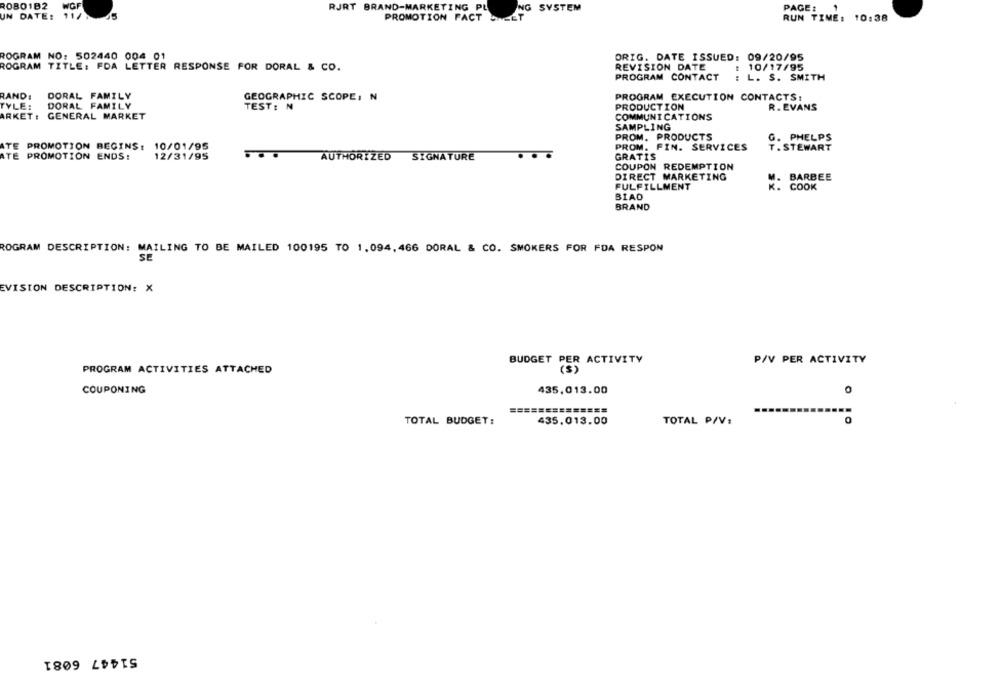
ROBO1B2
RJRT BRAND-MARKETING PL
NG SYSTEM
PAGE :
UN DATE: 11/
PROMOTION FACT SHEET
RUN TIME: 10:38
ROGRAM NO: 502440 004 01
ORIG. DATE ISSUED: 09/20/95
ROGRAM TITLE: FDA LETTER RESPONSE FOR DORAL & CO.
REVISION DATE
: 10/17/95
PROGRAM CONTACT
: L. S. SMITH
RAND:
DORAL FAMILY
GEOGRAPHIC SCOPE, N
PROGRAM EXECUTION CONTACTS:
TYLE:
DORAL FAMILY
TEST: N
PRODUCTION
R. EVANS
ARKET : GENERAL MARKET
COMMUNICATIONS
SAMPLING
PROM. PRODUCTS
G. PHELPS
ATE PROMOTION BEGINS: 10/01/95
PROM. FIN. SERVICES
T . STEWART
ATE PROMOTION ENDS:
12/31/95
AUTHORIZED SIGNATURE
GRATIS
COUPON REDEMPTION
DIRECT MARKETING
BARBEE
FULFILLMENT
R:
COOK
BIAD
BRAND
ROGRAM DESCRIPTION: MAILING TO BE MAILED 100195 TO 1,094, 466 DORAL & CO. SMOKERS FOR FDA RESPON
SE
EVISION DESCRIPTION: X
P/V PER ACTIVITY
BUDGET PER ACTIVITY
PROGRAM ACTIVITIES ATTACHED
COUPONING
435.013.00
O
TOTAL BUDGET:
435.013.00
TOTAL PIV:
0
51447 6081